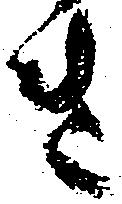
き